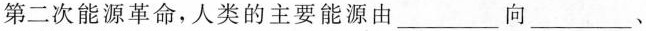
第二次能源革命，人类的主要能源由___向___、